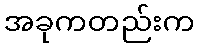
အခုကတည်းက